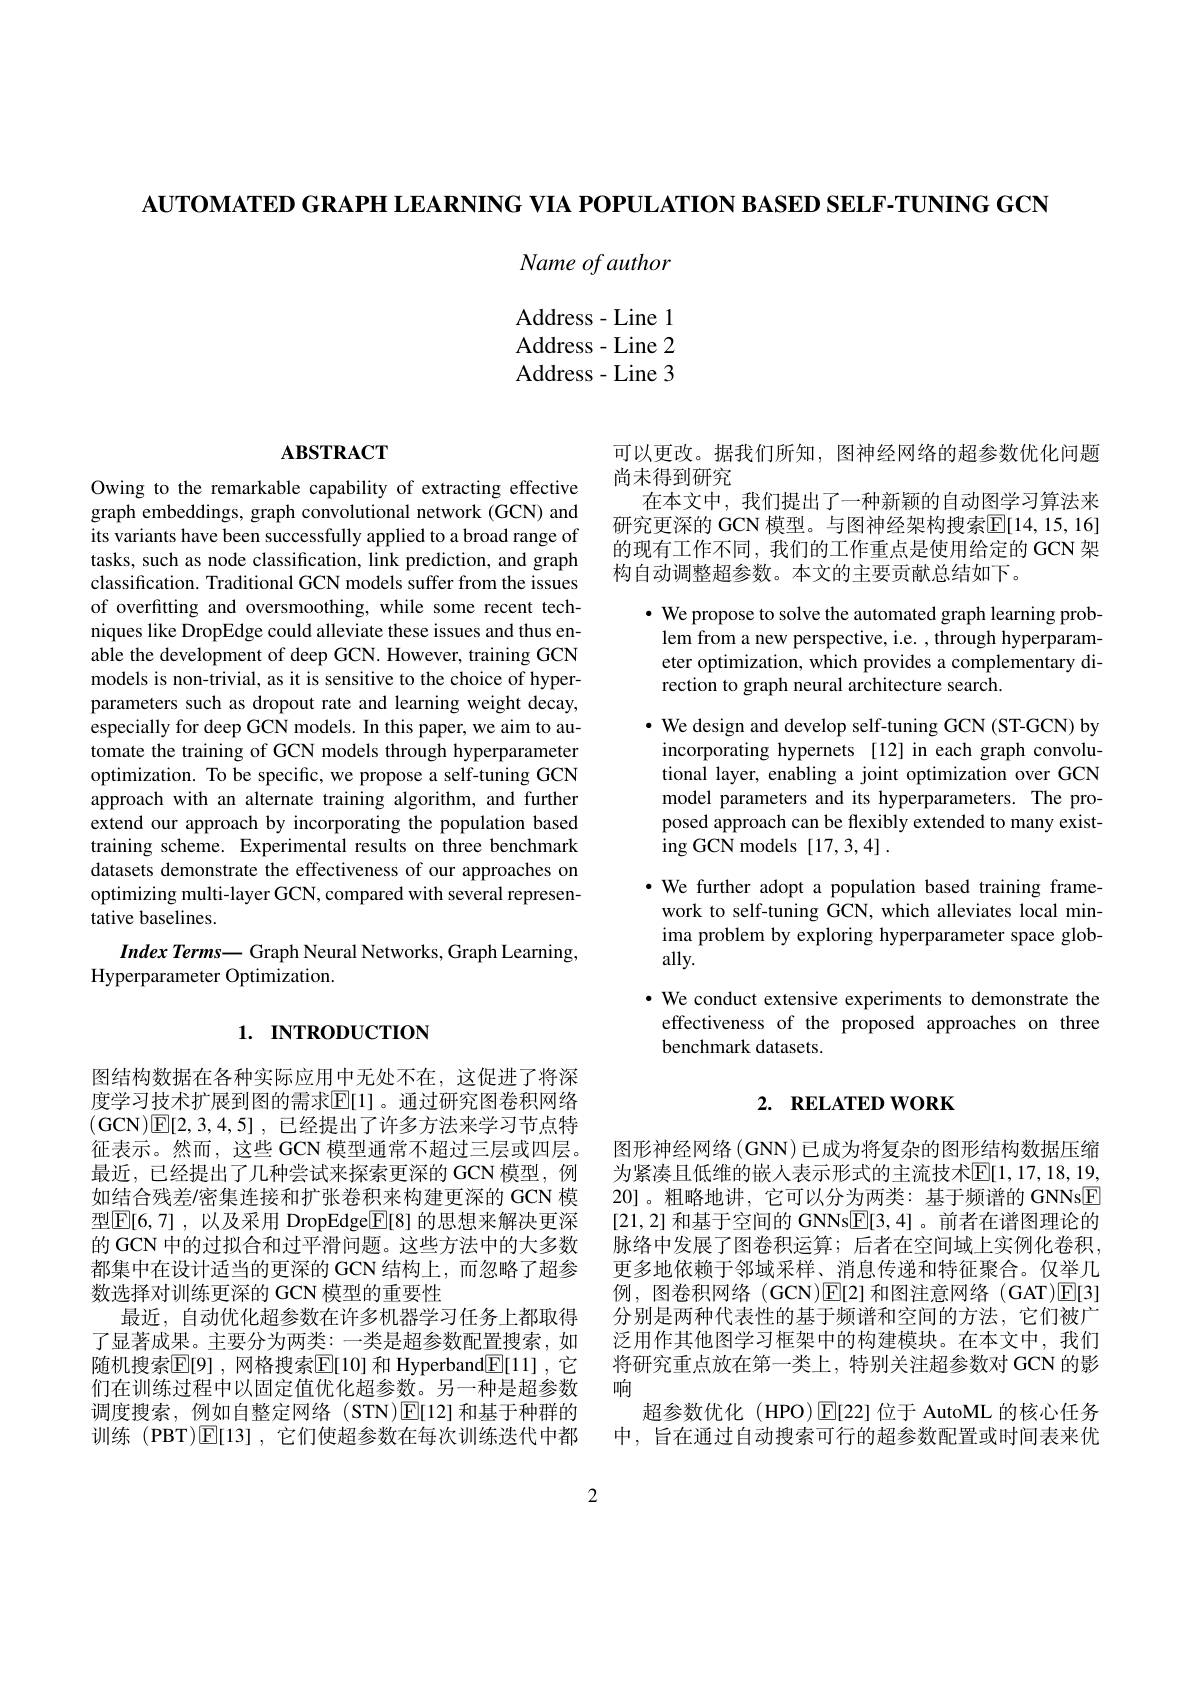
AUTOMATED GRAPH LEARNING VIA POPULATION BASED SELF-TUNING GCN

Name of author

Address- Line 1 Address- Line2 Address - Line 3

## $ABSTRACT$

Owing to the remarkable capability of extracting effective graph embeddings, graph convolutional network (GCN) and its variants have been successfully applied to a broad range of tasks, such as node classification, link prediction, and graph classification. Traditional GCN models suffer from the issues of overfitting and oversmoothing, while some recent techniques like DropEdge could alleviate these issues and thus enable the development of deep GCN. However, training GCN models is non-trivial, as it is sensitive to the choice of hyperparameters such as dropout rate and learning weight decay, especially for deep GCN models. In this paper, we aim to automate the training of GCN models through hyperparameter optimization. To be specific, we propose a self-tuning GCN approach with an alternate training algorithm, and further extend our approach by incorporating the population based training scheme. Experimental results on three benchmark datasets demonstrate the effectiveness of our approaches on optimizing multi-layer GCN, compared with several representative baselines.
Index $Terms-$ Graph Neural Networks, Graph Learning,

Hyperparameter Optimization.

# 1. INTRODUCTION

图结构数据在各种实际应用中无处不在，这促进了将深度学习技术扩展到图的需求$\mathbb{E}[1]$。通过研究图卷积网络(GCN)E[2,3,4,5] ,已经提出了许多方法来学习节点特征表示。然而，这些 GCN 模型通常不超过三层或四层。最近，已经提出了几种尝试来探索更深的 GCN 模型，例如结合残差/密集连接和扩张卷积来构建更深的 GCN 模型$\overline {\mathbb{E} }[ 6, 7]$ , 以及采用 DropEdge$\underline{\mathbb{E}}[8]$ 的思想来解决更深的 GCN 中的过拟合和过平滑问题。这些方法中的大多数都集中在设计适当的更深的 GCN 结构上，而忽略了超参数选择对训练更深的 GCN 模型的重要性
最近，自动优化超参数在许多机器学习任务上都取得了显著成果。主要分为两类：一类是超参数配置搜索，如随机搜索$\mathbb{E}[9]$,网格搜索$\mathbb{E}[10]$ 和 Hyperband$\mathbb{E}[11]$, 它 将研究重点放在第一类上，特别关注超参数对 GCN 的影
们在训练过程中以固定值优化超参数。另一种是超参数 响
调度搜索，例如自整定网络(STN)E[12]和基于种群的
训练 (PBT)$\mathbb{E}[13]$,它们使超参数在每次训练迭代中都 中，旨在通过自动搜索可行的超参数配置或时间表来优

2

可以更改。据我们所知，图神经网络的超参数优化问题
尚未得到研究
在本文中，我们提出了一种新颖的自动图学习算法来研究更深的 GCN 模型。与图神经架构搜索$\mathbb{E}[14,15,16]$ 的现有工作不同，我们的工作重点是使用给定的 GCN 架构自动调整超参数。本文的主要贡献总结如下。

$\cdot$ We propose to solve the automated graph learning problem from a new perspective, i.e. , through hyperparameter optimization, which provides a complementary direction to graph neural architecture search.
$\cdot$ We design and develop self-tuning GCN (ST-GCN) by incorporating hypernets [12] in each graph convolutional layer, enabling a joint optimization over GCN model parameters and its hyperparameters. The proposed approach can be flexibly extended to many existing GCN models [17,3,4].
$\cdot$ We further adopt a population based training framework to self-tuning GCN, which alleviates local minima problem by exploring hyperparameter space globally.
$\cdot$ We conduct extensive experiments to demonstrate the effectiveness of the proposed approaches on three benchmark datasets.

# 2. RELATED WORK

图形神经网络(GNN)已成为将复杂的图形结构数据压缩为紧凑且低维的嵌人表示形式的主流技术E[1,17,18,19, 20]。粗略地讲，它可以分为两类：基于频谱的 GNNs$\boxed{\mathrm{F}}$ [21,2]和基于空间的 GNNs$\underline{\mathbb{E}}[3,4]$。前者在谱图理论的脉络中发展了图卷积运算；后者在空间域上实例化卷积更多地依赖于邻域采样、消息传递和特征聚合。仅举几例，图卷积网络 (GCN)$\operatorname{E}[2]$和图注意网络 (GAT)☑[3] 分别是两种代表性的基于频谱和空间的方法，它们被广泛用作其他图学习框架中的构建模块。在本文中，我们
超参数优化 (HPO)$\operatorname{E}[22]$位于 AutoML 的核心任务